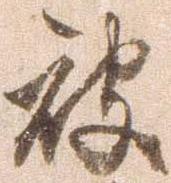
被